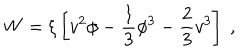
LaTeX: W = \xi \left[ v ^ { 2 } \phi - { \frac { 1 } { 3 } } \phi ^ { 3 } - { \frac { 2 } { 3 } } v ^ { 3 } \right] ~ ,